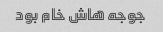
جوجه هاش خام بود